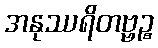
အနုဿရိတဗ္ဗဉ္စ